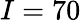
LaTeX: I=70